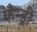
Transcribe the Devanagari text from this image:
फँन्ड्री